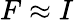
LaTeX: F\approx I